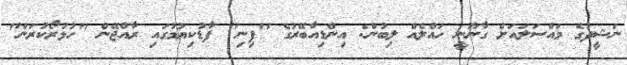
ނަޝީދުގެ މައްސަލައަށް ގާނޫނީ ހައްލެއް ލިބުން: އިންޑިއާބޭރުގެ "ފިނި" ފާޑުކިޔުމުގައި ރާއްޖޭން "ހުޅުރޯކުރަން"